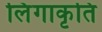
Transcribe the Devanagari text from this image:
लिंगाकृति